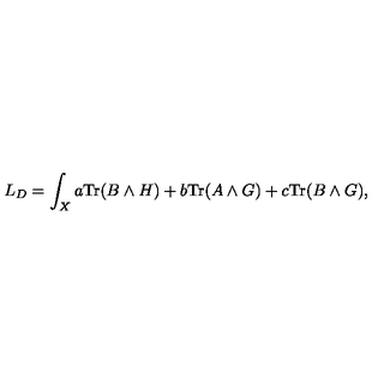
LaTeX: L _ { D } = \int _ { X } a \mathrm { T r } ( B \wedge H ) + b \mathrm { T r } ( A \wedge G ) + c \mathrm { T r } ( B \wedge G ) ,